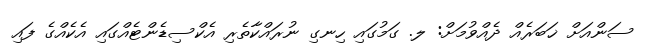
ސަންއަށް ޚަބަރެއް ދެއްވުމަށް: ލ. ގަމުގައި ހިނގި ނުރައްކާތެރި އެކްސިޑެންޓެއްގައި އެކެއްގެ ފައި